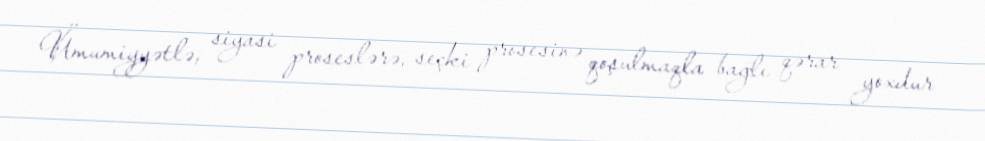
Ümumiyyətlə, siyasi proseslərə, seçki prosesinə qoşulmaqla bağlı qərar yoxdur